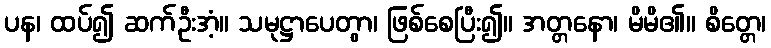
ပန၊ ထပ်၍ ဆက်ဦးအံ့။ သမုဋ္ဌာပေတွာ၊ ဖြစ်စေပြီး၍။ အတ္တနော၊ မိမိ၏။ စိတ္တေ၊